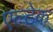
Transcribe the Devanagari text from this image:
एल्टेक